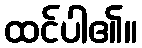
ထင်ပါ၏။